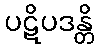
ပဋိပဒန္တိ